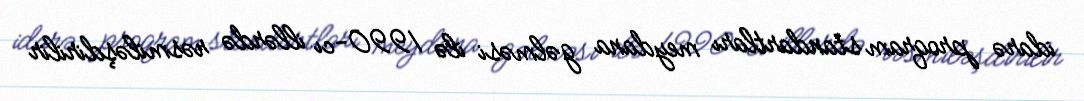
idarə proqram standartları meydana gəlməsi ilə 1990-cı illərdə rəsmiləşdirilir